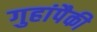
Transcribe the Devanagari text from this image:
गुहांपैकी